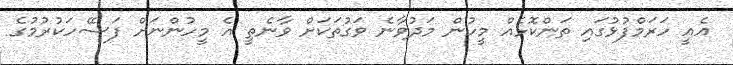
އެއީ ހަރަމްފުޅުގައި ތަންކޮޅެއް މީހުން މަދުވާނެ ވަގުތަކަށް ވާނެތީ އެ މީހުންނަށް ފަސޭހަކުރުމުގެ